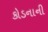
કોડનાની